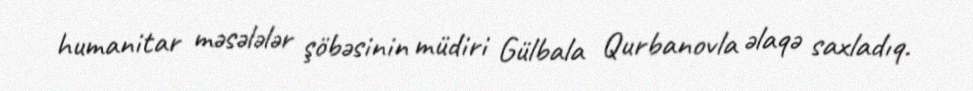
humanitar məsələlər şöbəsinin müdiri Gülbala Qurbanovla əlaqə saxladıq.